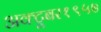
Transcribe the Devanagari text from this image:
अक्टूबर१९५७